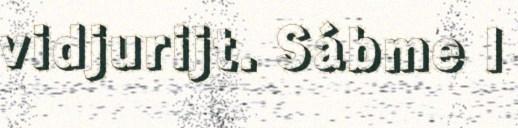
vidjurijt. Sábme l